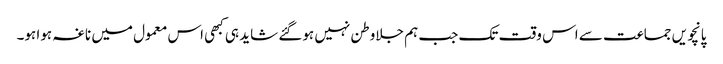
پانچویں جماعت سے اس وقت تک جب ہم جلاوطن نہیں ہوگئے شاید ہی کبھی اس معمول میں ناغہ ہوا ہو۔